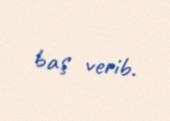
baş verib.